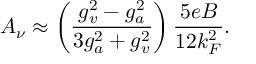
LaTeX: A _ { \nu } \approx \left( { \frac { g _ { v } ^ { 2 } - g _ { a } ^ { 2 } } { 3 g _ { a } ^ { 2 } + g _ { v } ^ { 2 } } } \right) { \frac { 5 e B } { 1 2 k _ { F } ^ { 2 } } } .